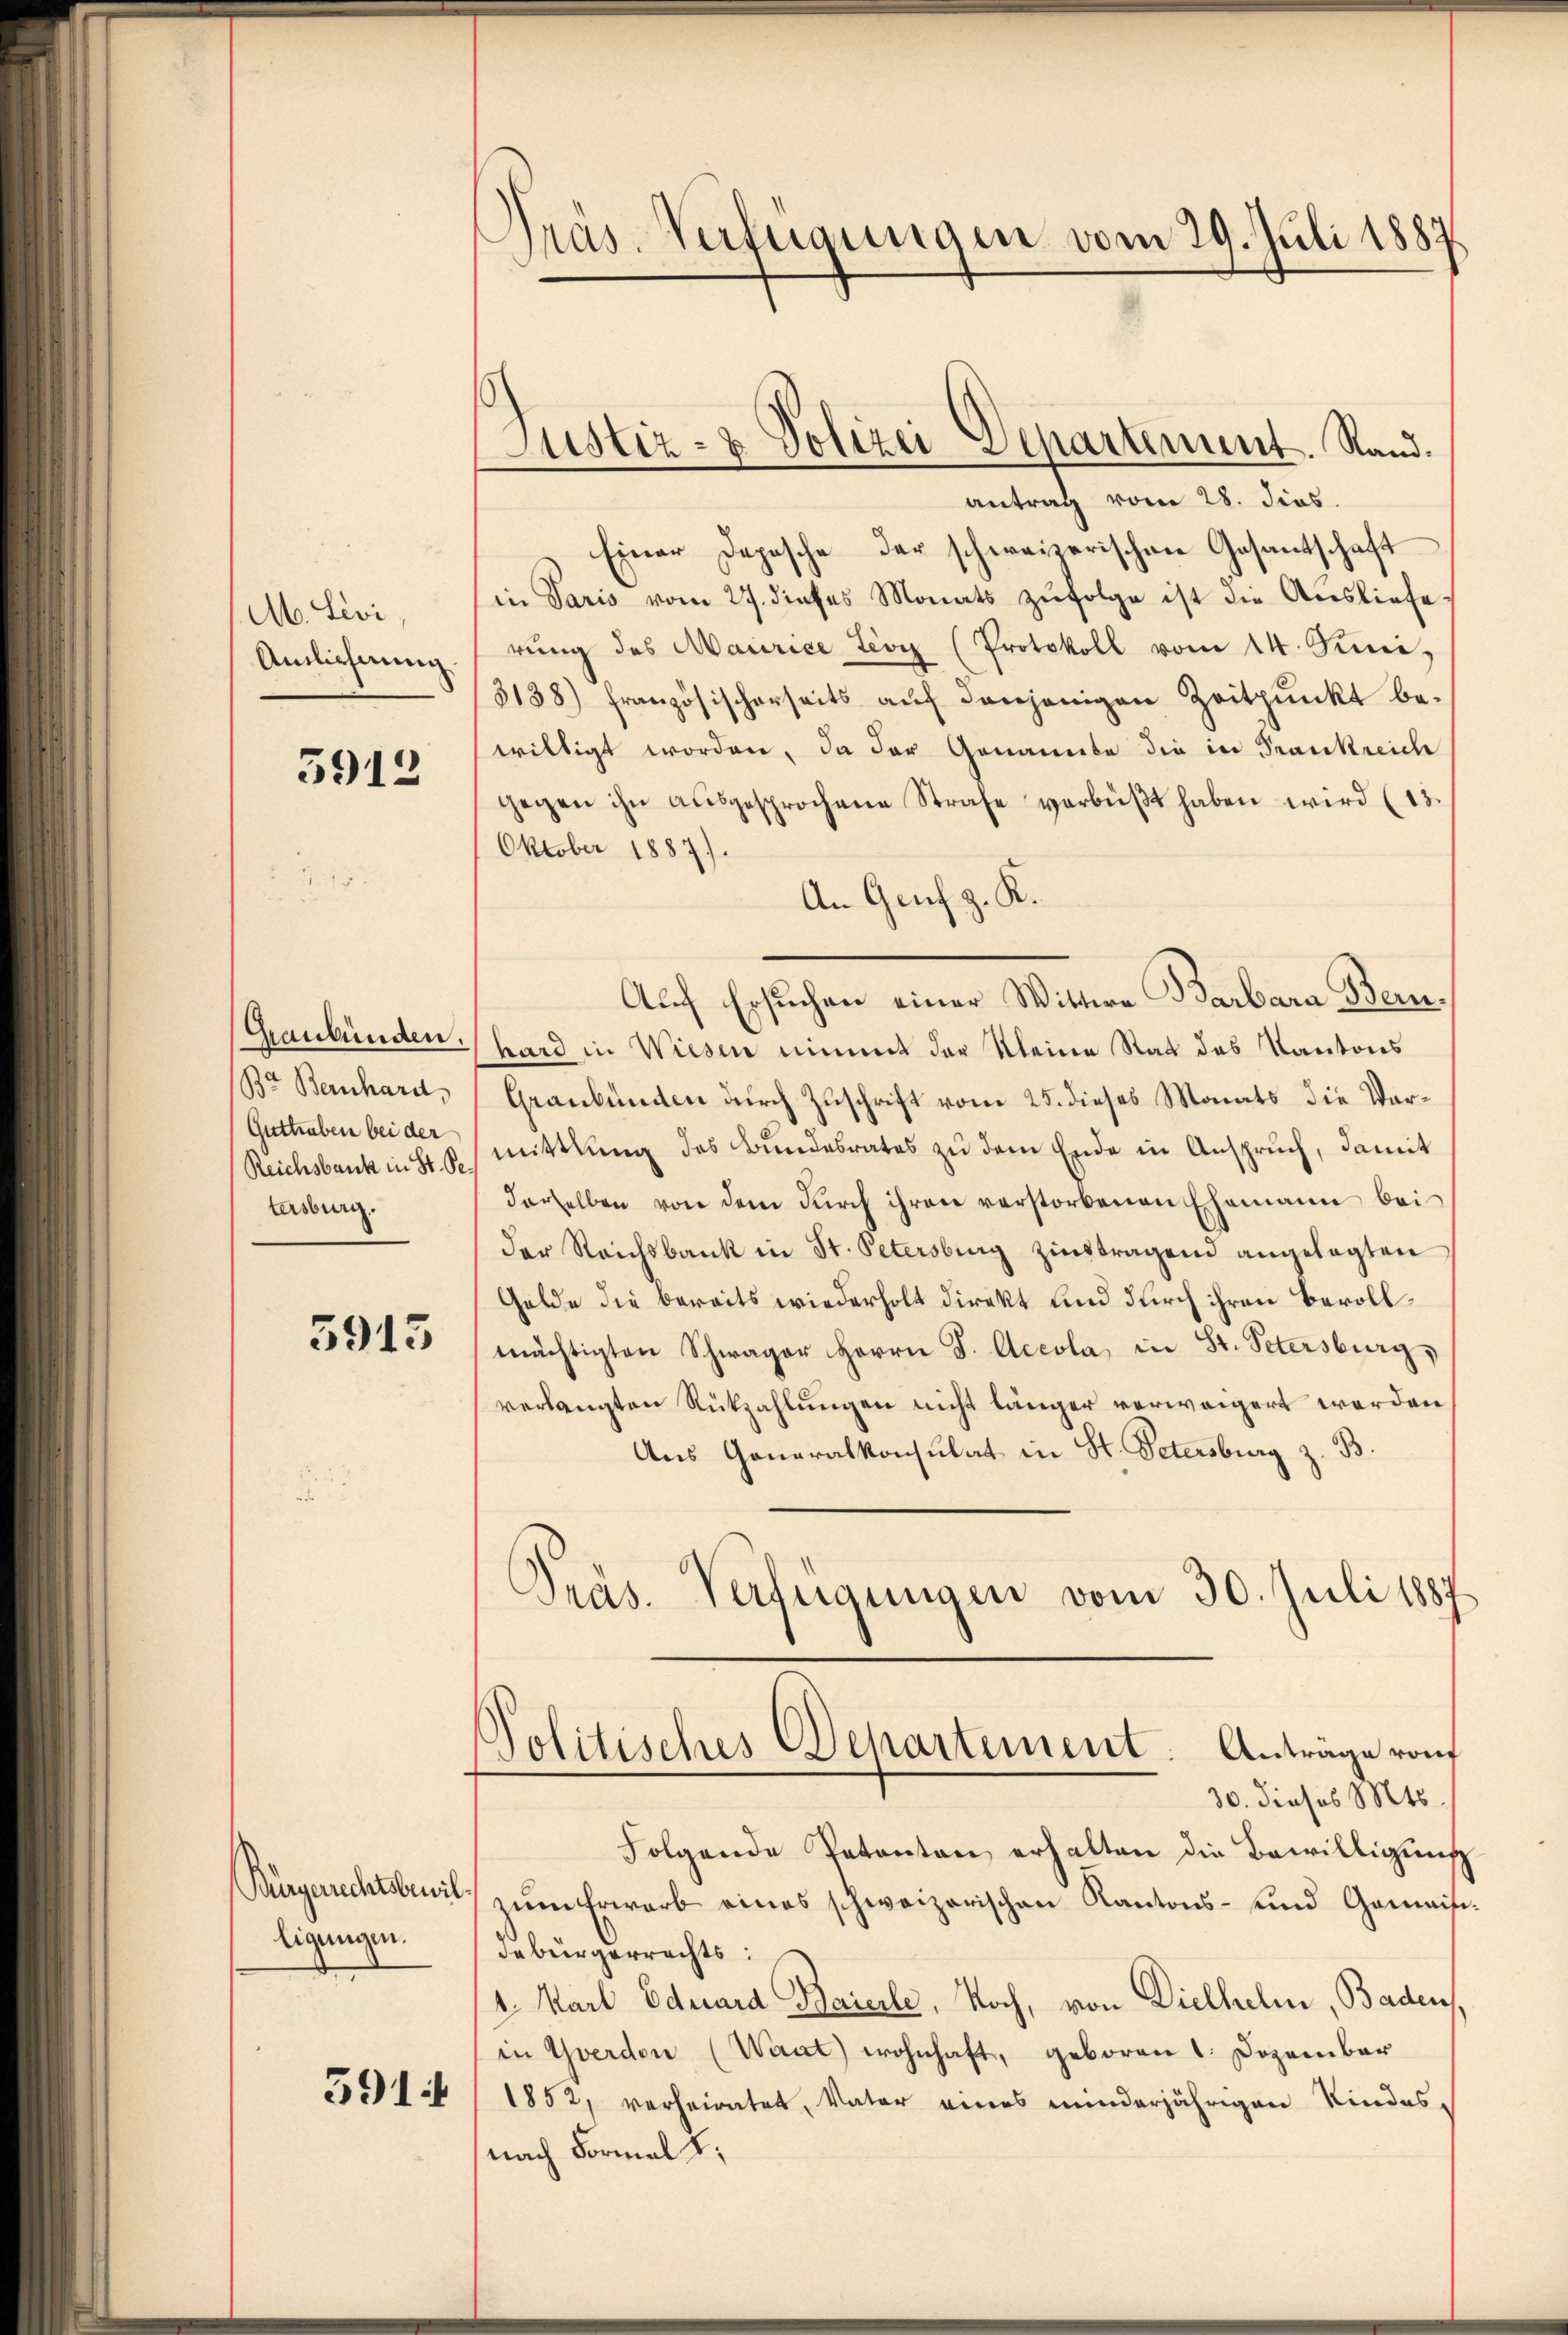
M. Levi,
Aulicherung

3912

Graubünden.
Br. Bernhard,
Guttraben bei der
Reichsbank in St. Pe
tersburg.

5913

Bürgerichtsbauil.
ligungen.
591

Gras-Verfügungen vom 29. Juli 1887

Justiz- & Polizei Departement. Rand.

antrag vom 28. dies
Einer Depesche der schweizerischen Gesantschaft
in Paris vom 27. dieses Monats zufolge ist die Ausliefe,
rŭng des Maurice tior (Protokoll vom 14. Juni,
3138) französischerseits auf denjenigen Zeitpunkt bewilligt worden, da der Genannte die in Frankreich
gegen ihn ausgesprochene Strafe verbüßt haben wird (13
Oktober 1887).
An Genf z. K.
Auch Ersuchen einer Wittwe Barbara Beihard in Wiesen nimmt der Kleine Rat des Kantons
Graubünden durch Zuschrift vom 25. dieses Monats die Vormittlung des Bundesrates zu dem Ende in Anspruch, damit
derselben von dem dŭrch ihren verstorbenen Ehemann bei
der Reichsbank in St. Petersburg zinstragend angelegten
Gelde die bereits wiederholt direkt und durch ihren Bevollmächtigten Schwager Herrn J. Accola, in St. Petersburg,
verlangten Rückzahlungen nicht länger verweigert werden
Aus Generalkonsulat in St. Petersburg z. B.
Präs. Verfügungen vom 30. Juli 1887.

Politisches Departement. Anträge von
30. dieses Mts.

Folgende Patenten erhalten die Bewilligung
zŭm Erwarb eines schweizerischen Kantons- und Gomaisi-
debürgerrechts:
1. Karl Eduard Baierle, Noch, von Dielhelm, Baden,
in Yverden (Waat) wohnhaft, geboren 1. Dezember
1852, verheiratet, Vater eines minderjährigen Kindes-
nach Formel